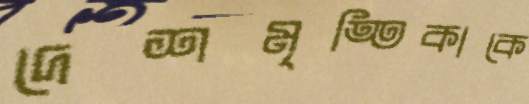
দেশমৃত্তিকাকে